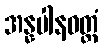
အန္နပါနဝတ္ထံ